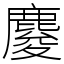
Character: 𪊴